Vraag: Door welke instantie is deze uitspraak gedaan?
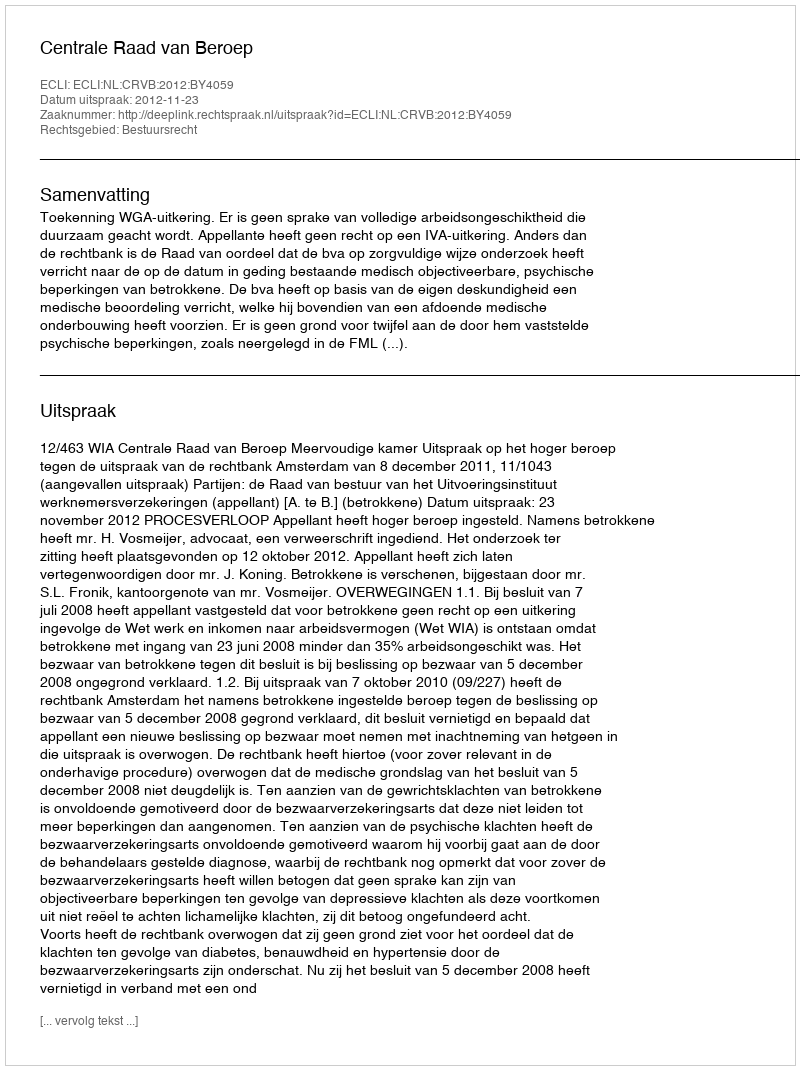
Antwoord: Centrale Raad van Beroep